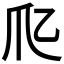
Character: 𤓱